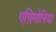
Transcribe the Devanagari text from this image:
एग्रिमोनिया